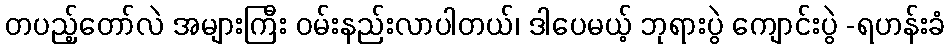
တပည့်တော်လဲ အများကြီး ဝမ်းနည်းလာပါတယ်၊ ဒါပေမယ့် ဘုရားပွဲ ကျောင်းပွဲ -ရဟန်းခံ